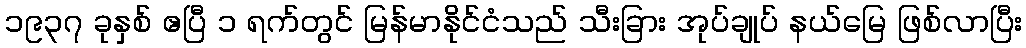
၁၉၃၇ ခုနှစ် ဧပြီ ၁ ရက်တွင် မြန်မာနိုင်ငံသည် သီးခြား အုပ်ချုပ် နယ်မြေ ဖြစ်လာပြီး